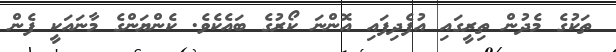
ތަކުގެ މެދުން ތިރީގައި އުފެދިފައި އޮންނަ ކޯރުގެ ބައެކެވެ. ކެންޔަންގެ މާނައަކީ ފެން